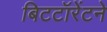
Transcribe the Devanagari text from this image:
बिटटॉरेंटने